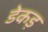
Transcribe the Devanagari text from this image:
डेकड़